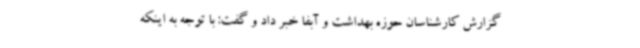
گزارش کارشناسان حوزه بهداشت و آبفا خبر داد و گفت: با توجه به اینکه